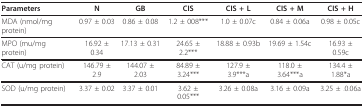
| Parameters | N | GB | CIS | CIS + L | CIS + M | CIS + H |
 | --- | --- | --- | --- | --- | --- | --- |
 | MDA (nmol/mg protein) | 0.97 ± 0.03 | 0.86 ± 0.08 | 1.2 ± 008*** | 1.0 ± 0.07c | 0.84 ± 0.06a | 0.98 ± 0.05c |
 | MPO (mu/mg protein) | 16.92 ± 0.34 | 17.13 ± 0.31 | 24.65 ± 2.2*** | 18.88 ± 0.93b | 19.69 ± 1.54c | 16.93 ± 0.59c |
 | CAT (u/mg protein) | 146.79 ± 2.9 | 144.07 ± 2.03 | 84.89 ± 3.24*** | 127.9 ± 3.9***a | 118.0 ± 3.64***a | 134.4 ± 1.88*a |
 | SOD (u/mg protein) | 3.37 ± 0.02 | 3.37 ± 0.01 | 3.62 ± 0.05*** | 3.26 ± 0.08a | 3.16 ± 0.09a | 3.25 ± .0.06a |